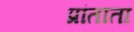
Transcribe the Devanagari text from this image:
प्रांताता